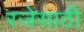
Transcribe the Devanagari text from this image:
रजेसाठी